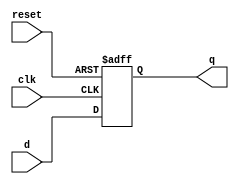
`timescale 1ns / 1ps


module pipe_reg #(parameter WIDTH = 8)(
    input clk, reset,
    input [WIDTH-1:0] d,
    output reg [WIDTH-1:0] q
    );
    
    always @(posedge clk or posedge reset)  
    begin   
        if(reset)   
            q <= 0;  
        else
            q <= d;  
    end  
endmodule